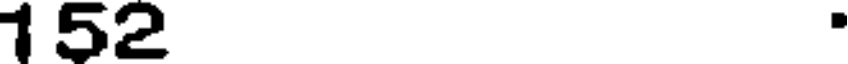
152